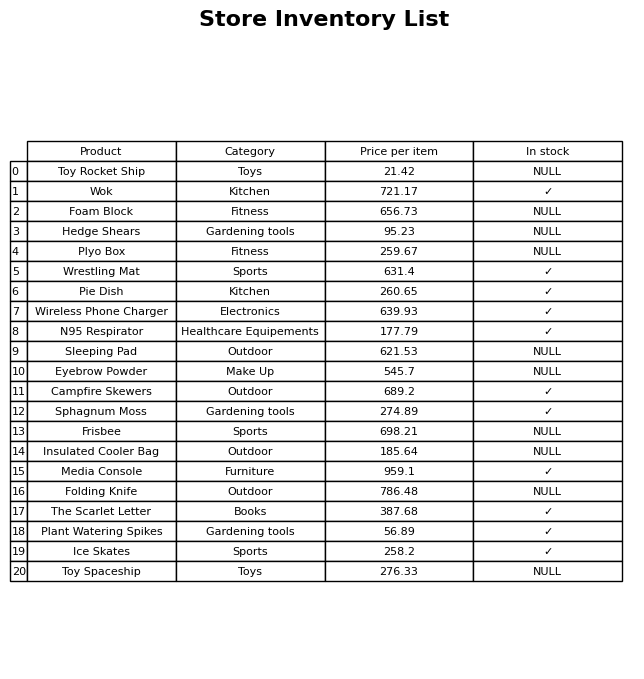
question: What is the stock status of the Pie Dish?
answer: ✓